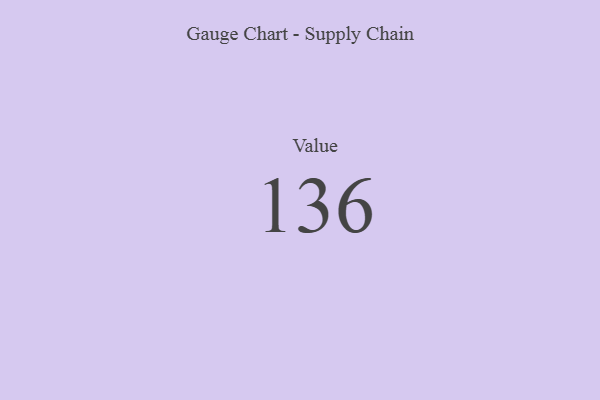
{"axis": {"x": "Metric", "y": "Value"}, "legend": [""], "data": [{"x": "Value", "y": 136, "type": ""}]}